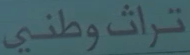
تراثوطني